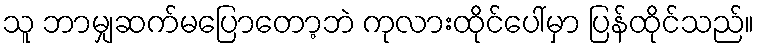
သူ ဘာမျှဆက်မပြောတော့ဘဲ ကုလားထိုင်ပေါ်မှာ ပြန်ထိုင်သည်။